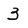
Character: 3